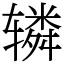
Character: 辚